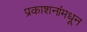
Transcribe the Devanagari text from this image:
प्रकाशनांमधून